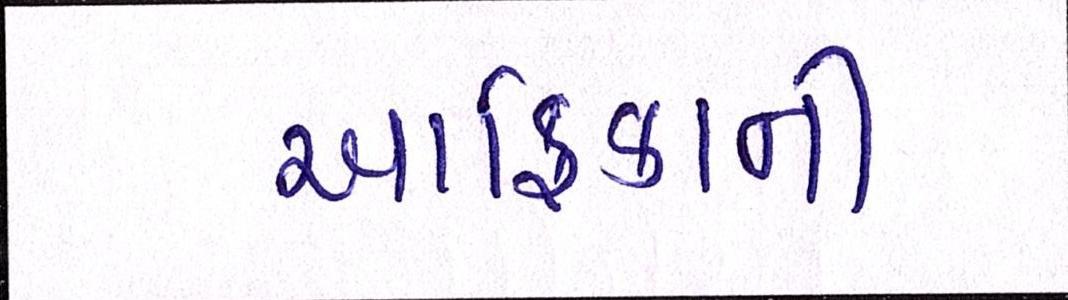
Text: આફ્રિકાની